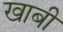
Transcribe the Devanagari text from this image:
खाबी